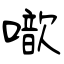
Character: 噷